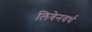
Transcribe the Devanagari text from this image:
लिवेनवर्थ